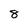
Character: 8